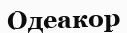
Одеакор